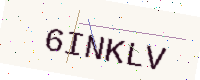
Text: 6INKLV